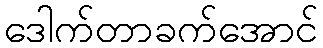
ဒေါက်တာခက်အောင်